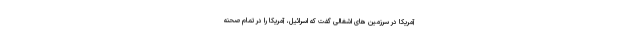
آمریکا در سرزمین های اشغالی گفت که اسرائیل، آمریکا را در تمام صحنه